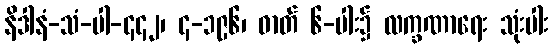
နိဒါနံ-သံ-ပါ-၄၄၂၊ ၄-၁၉၆၊ ဓာတ် ၆-ပါး၌ လက္ခဏာရေး သုံးပါး